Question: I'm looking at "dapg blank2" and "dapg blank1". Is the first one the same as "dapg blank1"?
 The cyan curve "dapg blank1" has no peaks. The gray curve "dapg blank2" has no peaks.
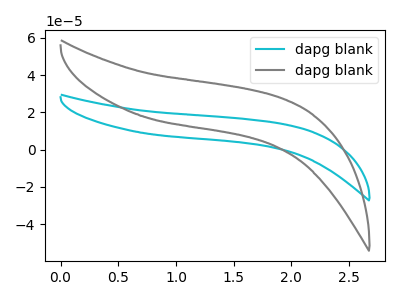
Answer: <think>Neither "dapg blank2" or "dapg blank1" have any peaks.
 </think>
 <answer>"dapg blank2" and "dapg blank1" are similar in shape.</answer>
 <eval>same_shape</eval>